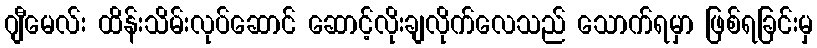
ဂျီမေလ်း ထိန်းသိမ်းလုပ်ဆောင် ဆောင့်လိုးချလိုက်လေသည် သောက်ရမှာ ဖြစ်ရခြင်းမှ